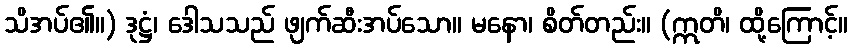
သိအပ်၏။) ဒုဋ္ဌံ၊ ဒေါသသည် ဖျက်ဆီးအပ်သော။ မနော၊ စိတ်တည်း။ (ဣတိ၊ ထို့ကြောင့်။